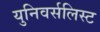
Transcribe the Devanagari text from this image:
युनिवर्सलिस्ट